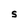
Character: S